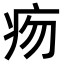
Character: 𤵐